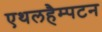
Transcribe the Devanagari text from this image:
एथलहैम्पटन